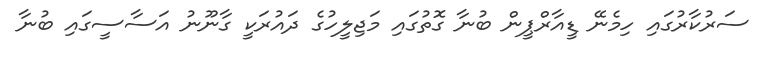
ސަރުކާރުގައި ހިމެނޭ ޑީއާރްޕީން ބުނާ ގޮތުގައި މަޖިލީހުގެ ދައުރަކީ ގާނޫނު އަސާސީގައި ބުނާ